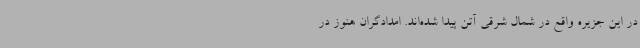
در این جزیره واقع در شمال شرقی آتن پیدا شده‌اند. امدادگران هنوز در